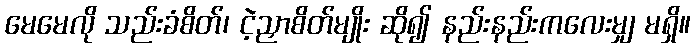
မေမေလို သည်းခံစိတ်၊ ငဲ့ညှာစိတ်မျိုး ဆို၍ နည်းနည်းကလေးမျှ မရှိ။